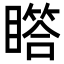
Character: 𪾾